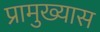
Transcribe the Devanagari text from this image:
प्रामुख्यास